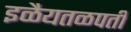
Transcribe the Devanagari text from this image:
इळैयतळपती